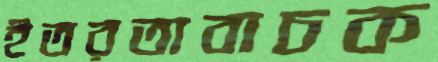
ইতরতাবাচক